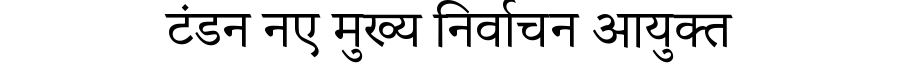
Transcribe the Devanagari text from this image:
टंडन नए मुख्य निर्वाचन आयुक्त